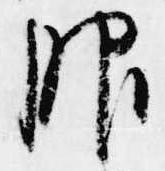
服